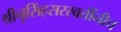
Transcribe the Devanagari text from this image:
श्रीनृसिंहसरस्वतींनीच